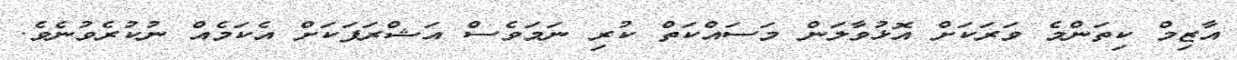
އާޒިމް ކިތަންމެ ވަރަކަށް އޮޅުވާލަން މަސައްކަތް ކުރި ނަމަވެސް އަޝްރަފަކަށް އެކަމެއް ނުކުރެވުނެވެ.